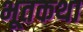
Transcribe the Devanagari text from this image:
भूतकथा